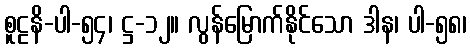
စူဠနိ-ပါ-၅၄၊ ဋ္ဌ-၁၂။ လွန်မြောက်နိုင်သော ဒါန၊ ပါ-၅၈၊